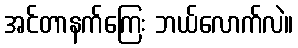
အင်တာနက်ကြေး ဘယ်လောက်လဲ။